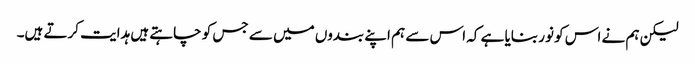
لیکن ہم نے اس کو نور بنایا ہے کہ اس سے ہم اپنے بندوں میں سے جس کو چاہتے ہیں ہدایت کرتے ہیں۔